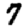
Digit: 7